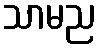
သာမည